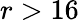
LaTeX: r>16